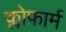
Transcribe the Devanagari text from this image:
क्लोफार्म